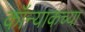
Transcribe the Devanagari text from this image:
कॉन्याकच्या